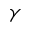
\gamma